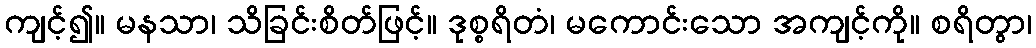
ကျင့်၍။ မနသာ၊ သိခြင်းစိတ်ဖြင့်။ ဒုစ္စရိတံ၊ မကောင်းသော အကျင့်ကို။ စရိတွာ၊